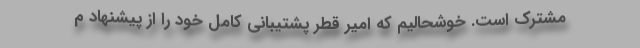
مشترک است. خوشحالیم که امیر قطر پشتیبانی کامل خود را از پیشنهاد م